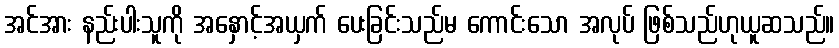
အင်အား နည်းပါးသူကို အနှောင့်အယှက် ပေးခြင်းသည်မ ကောင်းသော အလုပ် ဖြစ်သည်ဟုယူဆသည်။